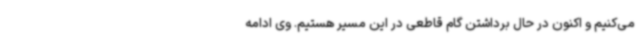
می‌کنیم و اکنون در حال برداشتن گام قاطعی در این مسیر هستیم. وی ادامه